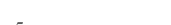
٢٤